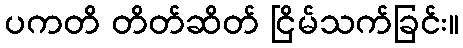
ပကတိ တိတ်ဆိတ် ငြိမ်သက်ခြင်း။